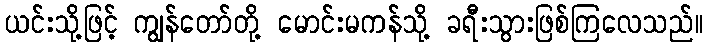
ယင်းသို့ဖြင့် ကျွန်တော်တို့ မောင်းမကန်သို့ ခရီးသွားဖြစ်ကြလေသည်။